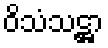
ဝိသံသဋ္ဌာ